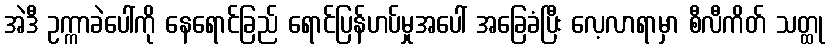
အဲဒီ ဥက္ကာခဲပေါ်ကို နေရောင်ခြည် ရောင်ပြန်ဟပ်မှုအပေါ် အခြေခံပြီး လေ့လာရာမှာ စီလီကိတ် သတ္ထု